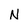
Character: N